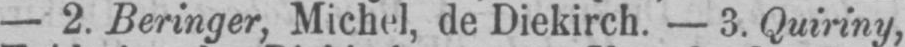
- 2. Beringer, Michel, de Diekirch. - 3. Quiriny,